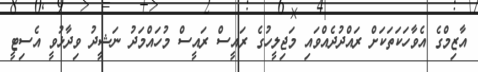
އާޒިމްގެ އެވާހަކަތަކަށް ރައްދުދެއްވައި މަޖިލީހުގެ ރައީސް ރައީސް މުހައްމަދު ނަޝީދު ވިދާޅުވީ އެސިޓީ